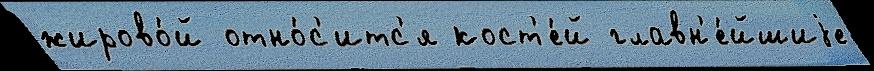
жирово́й отно́с'итс'я кост'е́й главн'е́йшиjе